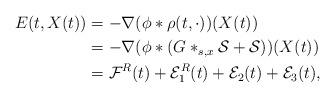
LaTeX: \begin{align*} E(t,X(t)) &= -\nabla (\phi * \rho(t,\cdot))(X(t)) \\ &= -\nabla (\phi * (G *_{s,x} \mathcal S + \mathcal S))(X(t))\\ &= \mathcal{F}^R(t) + \mathcal{E}^R_1(t) + \mathcal{E}_2(t)+\mathcal{E}_3(t),\end{align*}